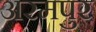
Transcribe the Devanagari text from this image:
अरमपुर